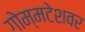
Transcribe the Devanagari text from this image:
गोम्मटेशवर